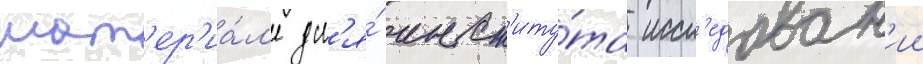
мат'ер'иа́л'е дл'я́ инст'иту́та иссл'едован'ии